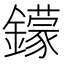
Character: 𨮵